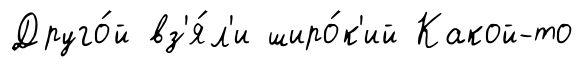
Друго́й вз'я́л'и широ́к'ий Какой-то